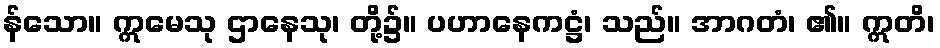
န်သော။ ဣမေသု ဌာနေသု၊ တို့၌။ ပဟာနေကဋ္ဌံ၊ သည်။ အာဂတံ၊ ၏။ ဣတိ၊